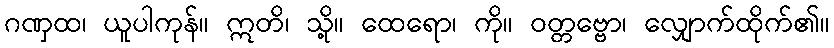
ဂဏှထ၊ ယူပါကုန်။ ဣတိ၊ သို့။ ထေရော၊ ကို။ ဝတ္တဗ္ဗော၊ လျှောက်ထိုက်၏။